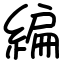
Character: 編